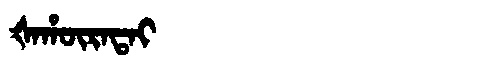
Manchu: ᡧᠠᡥᡡᡵᠠᡨᠠᡳ
Romanization: ŠAHŪRATAI